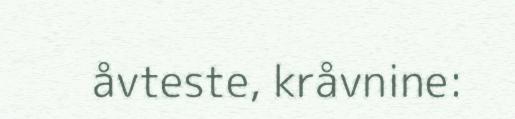
åvteste, kråvnine: